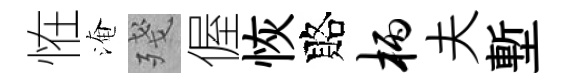
恠淹殘偓恢賂柄夫塹